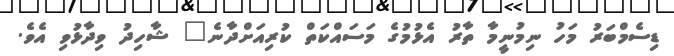
ޑިސެމްބަރު މަހު ނިމުނީމާ ތާރު އެޅުމުގެ މަސައްކަތް ކުރިއަށްދާނެ" ޝާހިދު ވިދާޅުވި އެވެ.